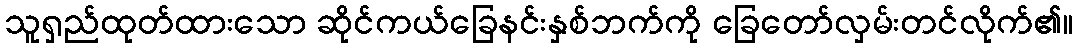
သူရှည်ထုတ်ထားသော ဆိုင်ကယ်ခြေနင်းနှစ်ဘက်ကို ခြေတော်လှမ်းတင်လိုက်၏။